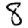
Digit: 8